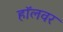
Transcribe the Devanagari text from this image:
हॉलवर